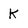
Character: K